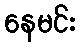
နေမင်း